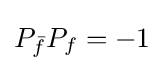
P_{\bar {f}}P_{f}=-1